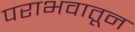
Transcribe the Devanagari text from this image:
पराभवातून